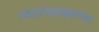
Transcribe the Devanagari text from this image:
स्वातंत्र्यलढ्यानंतर